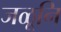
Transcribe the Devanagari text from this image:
जळूनि